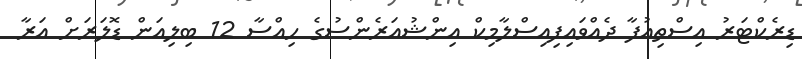
ޑިރެކްޓަރު އިސްތިއުފާ ދެއްވައިފިއިސްލާމިކް އިންޝުއަރެންސުގެ ހިއްސާ 12 ބިލިއަން ޑޮލަރަށް އަރާ